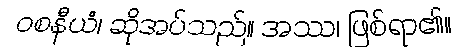
ဝစနီယံ၊ ဆိုအပ်သည်။ အဿ၊ ဖြစ်ရာ၏။